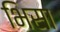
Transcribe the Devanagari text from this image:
भिसा